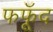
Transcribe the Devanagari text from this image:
फफूॅद